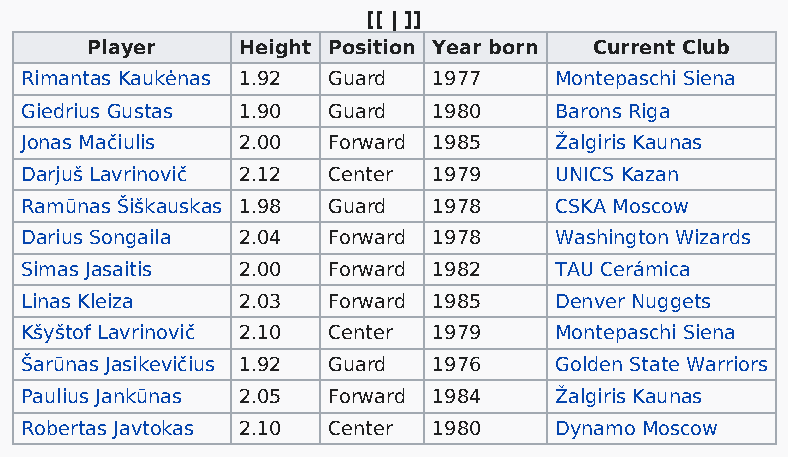
[[ | ]]
 Player    Height Position Year born Current Club
 Rimantas Kaukėnas 1.92 Guard 1977   Montepaschi Siena
 Giedrius Gustas 1.90 Guard  1980    Barons Riga
 Jonas Mačiulis 2.00  Forward 1985   Žalgiris Kaunas
 Darjuš Lavrinovič 2.12 Center 1979  UNICS Kazan
 Ramūnas Šiškauskas 1.98 Guard 1978  CSKA Moscow
 Darius Songaila 2.04 Forward 1978   Washington Wizards
 Simas Jasaitis 2.00  Forward 1982   TAU Cerámica
 Linas Kleiza   2.03  Forward 1985   Denver Nuggets
 Kšyštof Lavrinovič 2.10 Center 1979 Montepaschi Siena
 Šarūnas Jasikevičius 1.92 Guard 1976 Golden State Warriors
 Paulius Jankūnas 2.05 Forward 1984  Žalgiris Kaunas
 Robertas Javtokas 2.10 Center 1980  Dynamo Moscow